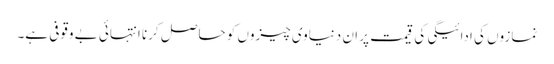
نمازوں کی ادائیگی کی قیمت پر ان دنیاوی چیزوں کو حاصل کرنا انتہائی بے وقوفی ہے۔